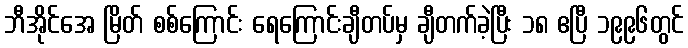
ဘီအိုင်အေ မြိတ် စစ်ကြောင်း ရေကြောင်းချီတပ်မှ ချီတက်ခဲ့ပြီး ၁၈ ဧပြီ ၁၉၉၆တွင်